Leaving Certificate Examination (including Day School Certificate (Higher) General paper), 1938
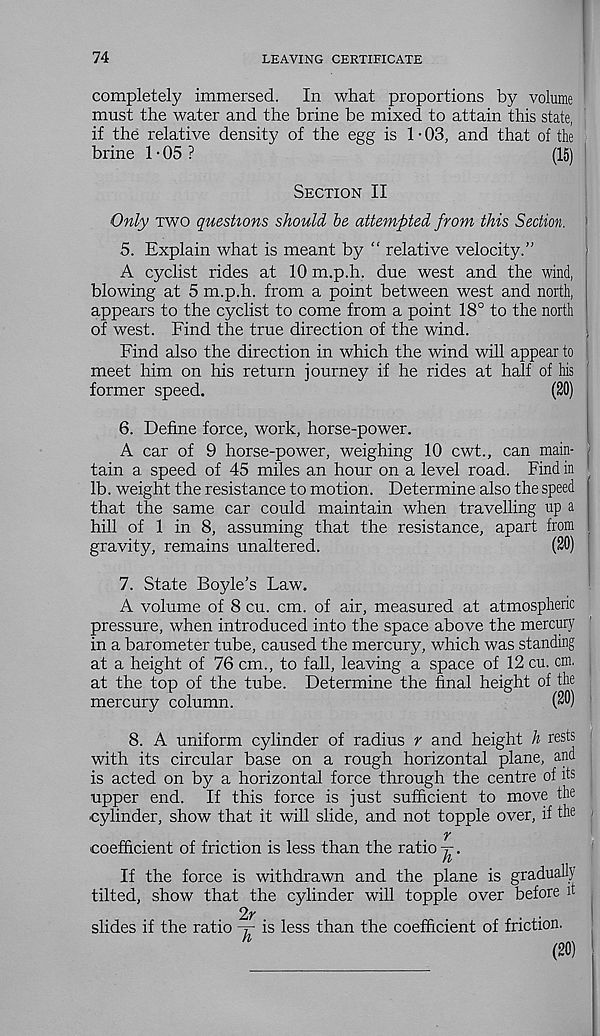
74
LEAVING CERTIFICATE
completely immersed.
In what proportions by volume
must the water and the brine be mixed to attain this state,
if the relative density of the egg is 1 • 03, and that of the
brine 1 • 05 ?
(15)
Section II
Only two questions should be attempted from this Section.
5. Explain what is meant by “ relative velocity.”
A cyclist rides at 10 m.p.h. due west and the wind,
blowing at 5 m.p.h. from a point between west and north,
appears to the cyclist to come from a point 18° to the north
of west. Find the true direction of the wind.
Find also the direction in which the wind will appear to
meet him on his return journey if he rides at half of his
former speed.
(20)
6. Define force, work, horse-power.
A car of 9 horse-power, weighing 10 cwt., can main-
tain a speed of 45 miles an hour on a level road. Find in
lb. weight the resistance to motion. Determine also the speed
that the same car could maintain when travelling up a
hill of 1 in 8, assuming that the resistance, apart from
gravity, remains unaltered.
(20)
7. State Boyle’s Law.
A volume of 8 cu. cm. of air, measured at atmospheric
pressure, when introduced into the space above the mercury
in a barometer tube, caused the mercury, which was standing
at a height of 76 cm., to fall, leaving a space of 12 cu. cm,
at the top of the tube. Determine the final height of the
mercury column.
(20)
8. A uniform cylinder of radius r and height h rests
with its circular base on a rough horizontal plane, and
is acted on by a horizontal force through the centre of its
upper end. If this force is just sufficient to move the
cylinder, show that it will slide, and not topple over, if the
r
coefficient of friction is less than the ratio -j-.
If the force is withdrawn and the plane is gradually
tilted, show that the cylinder will topple over before it
27-
slides if the ratio
is less than the coefficient of friction.